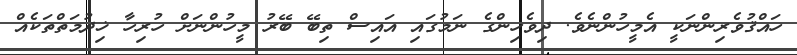
ހައްޤުވެރިންނަކީ އެމީހުންނެވެ. ދިވެހިންގެ ނަމުގައި އައިސް ތިބޭ ބޭރު މީހުންނަށް ހުރިހާ ޚިދުމަތްތަކެއް